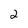
Character: 2